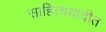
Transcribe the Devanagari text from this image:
साहित्ययादीत